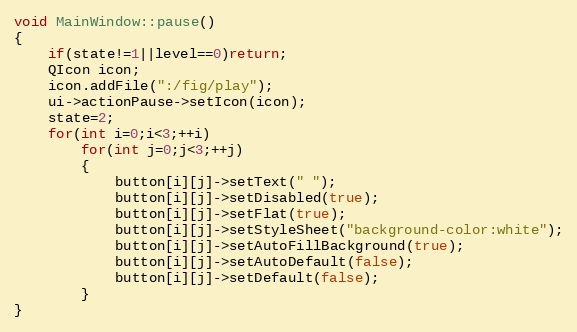
Language: C++
void MainWindow::pause()
{
    if(state!=1||level==0)return;
    QIcon icon;
    icon.addFile(":/fig/play");
    ui->actionPause->setIcon(icon);
    state=2;
    for(int i=0;i<3;++i)
        for(int j=0;j<3;++j)
        {
            button[i][j]->setText(" ");
            button[i][j]->setDisabled(true);
            button[i][j]->setFlat(true);
            button[i][j]->setStyleSheet("background-color:white");
            button[i][j]->setAutoFillBackground(true);
            button[i][j]->setAutoDefault(false);
            button[i][j]->setDefault(false);
        }
}